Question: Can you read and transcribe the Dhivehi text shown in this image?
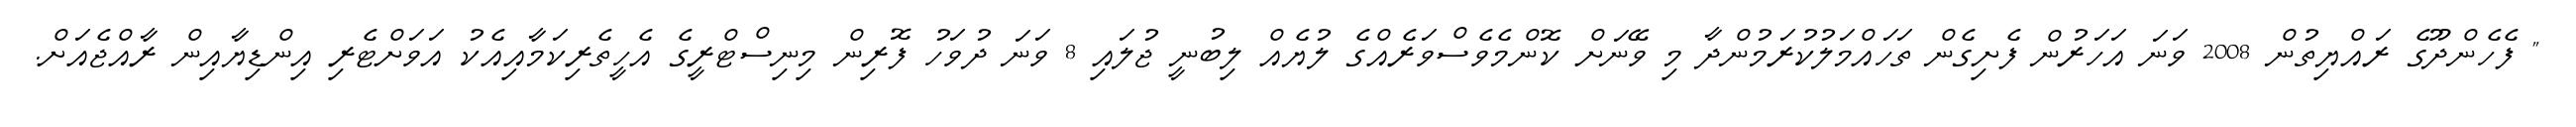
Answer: " ފެހެންދޫގެ ރައްޔިތުން 2008 ވަނަ އަހަރުން ފެށިގެން ތަހައްމަލުކުރަމުންދާ މި ވޭނަށް ކޮންމެވެސްވަރެއްގެ ލުޔެއް ލިބުނީ ޖުލައި 8 ވަނަ ދުވަހު ފޮރިން މިނިސްޓްރީގެ އެހީތެރިކަމާއިއެކު އަވަށްޓެރި އިންޑިޔާއިން ރާއްޖެއަށް.